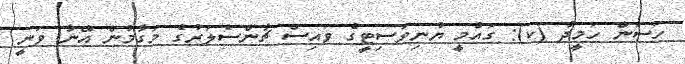
ހަސަން ހަމީދު (ކ): ގައުމީ ޔުނިވަސިޓީގެ ވައިސް ޗާންސެލަރުގެ މަގާމުން އޭނާ ވަނީ